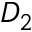
D _ { 2 }